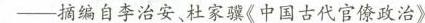
——摘编自李治安杜家骥《中国古代官僚政治》